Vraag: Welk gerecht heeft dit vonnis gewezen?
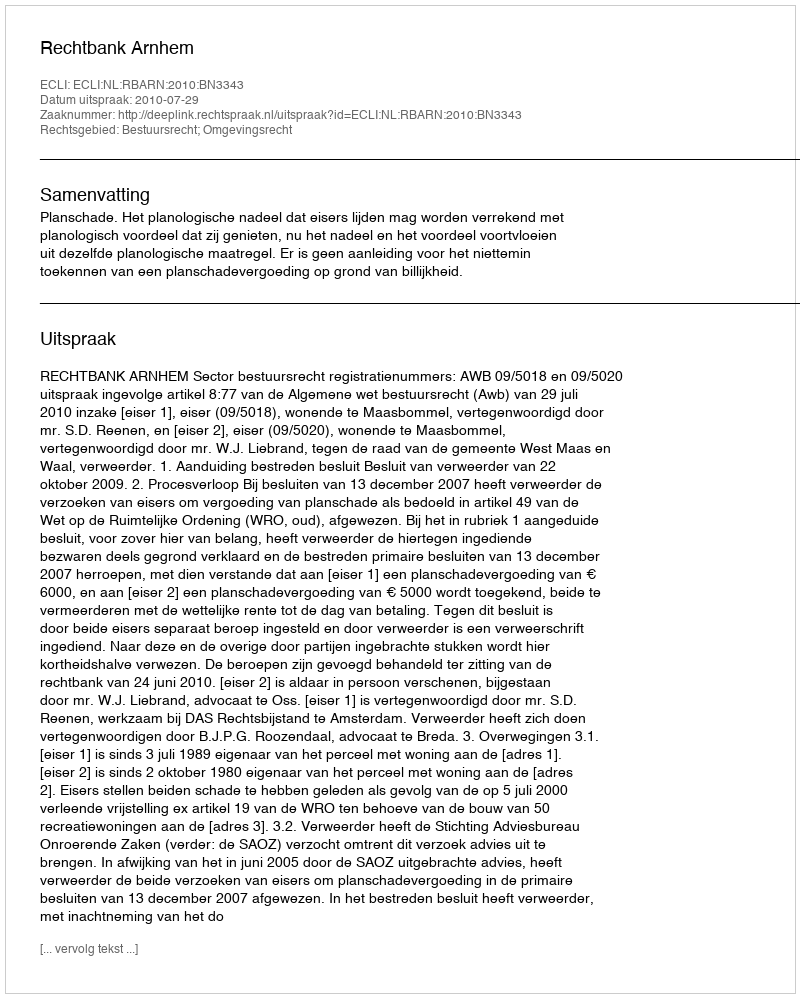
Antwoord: Rechtbank Arnhem